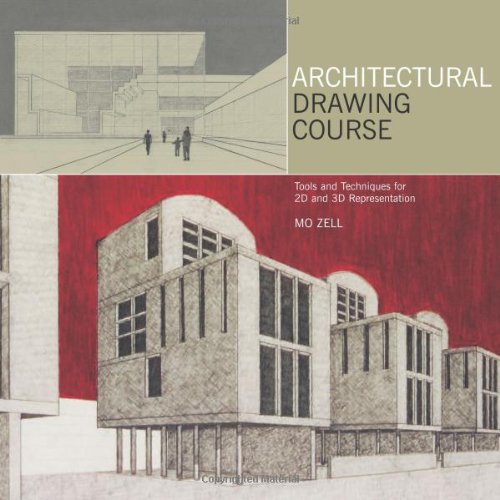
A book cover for Architectural Drawing Course: Tools and Techniques for 2D and 3D Representation; Mo Zell; Arts & Photography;